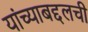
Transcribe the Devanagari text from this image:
यांच्याबद्दलची